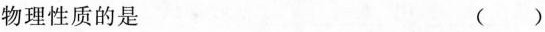
物理性质的是 ( )